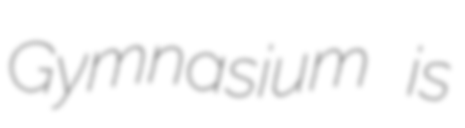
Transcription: Gymnasium is